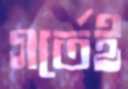
গর্তেই